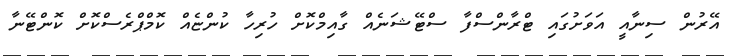
އޭރުން ސިނާއީ އަވަށުގައި ޓްރާންސްފާ ސްޓޭޝަނެއް ގާއިމްކޮށް ހުރިހާ ކުންޏެއް ކޮމްޕްރެސްކޮށް ކޮންޓޭނާ